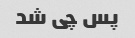
پس چی شد